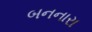
બનનારા